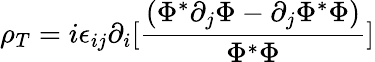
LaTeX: \rho_{T}=i\epsilon_{ij}\partial_{i}[{\frac{(\Phi^{*}\partial_{j}\Phi-\partial_{j}\Phi^{*}\Phi)}{\Phi^{*}\Phi}}]